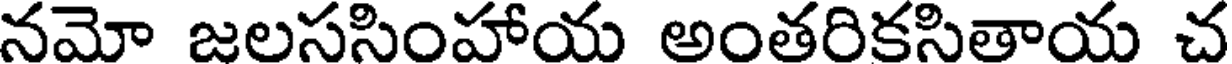
నమో జలససింహాయ అంతరికసితాయ చ